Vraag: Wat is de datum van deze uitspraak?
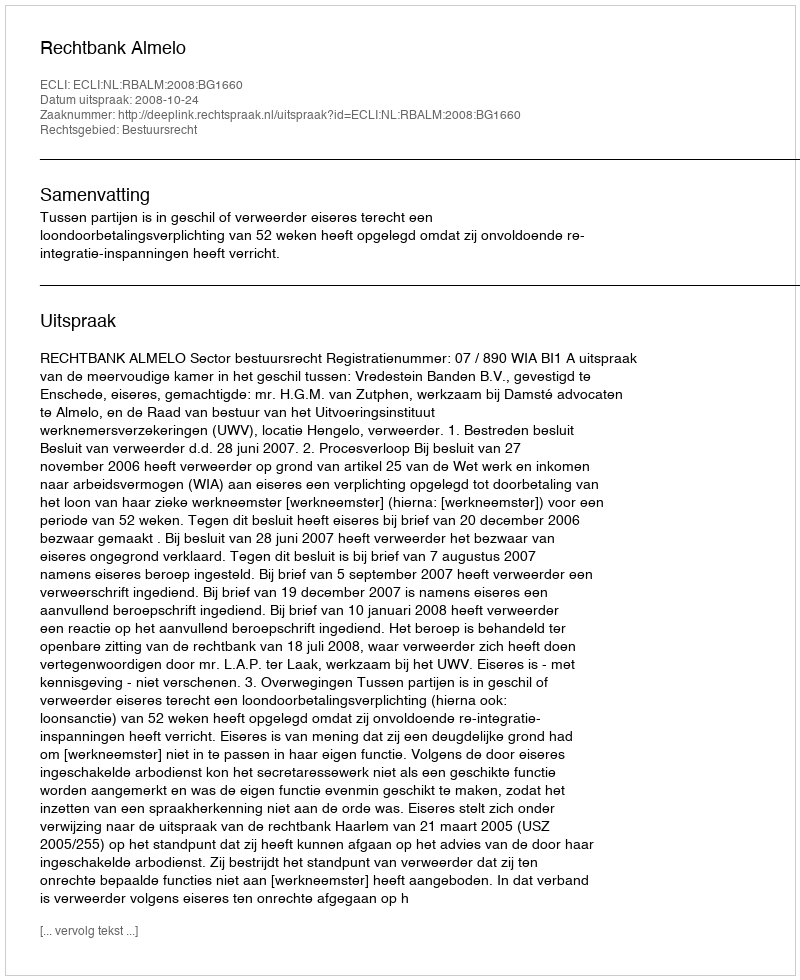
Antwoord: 2008-10-24